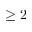
\geq 2